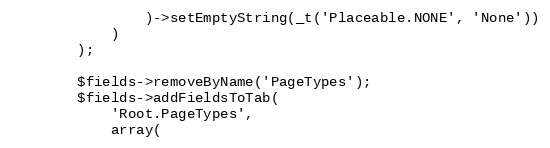
Language: PHP
                )->setEmptyString(_t('Placeable.NONE', 'None'))
            )
        );

        $fields->removeByName('PageTypes');
        $fields->addFieldsToTab(
            'Root.PageTypes',
            array(